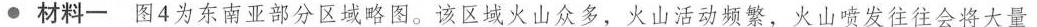
材料一图4为东南亚部分区域略图。该区域火山众多，火山活动频繁，火山喷发往往会将大量